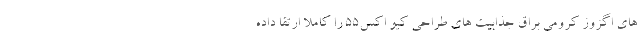
های اگزوز کرومی براق جذابیت های طراحی کیو اکس55 را کاملا ارتقا داده